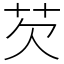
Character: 芡